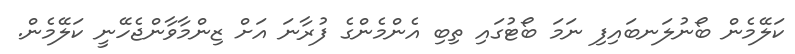
ކަލޭމެން ބޯނުލަނބައިފި ނަމަ ބޯޓުގައި ތިބި އެންމެންގެ ފުރާނަ އަށް ޒިންމާވާންޖެހޭނީ ކަލޭމެން.